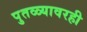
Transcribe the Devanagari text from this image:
पुतळ्यावरही